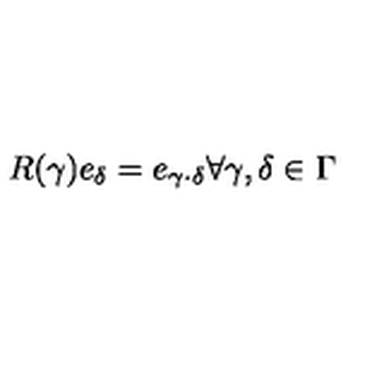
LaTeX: R ( \gamma ) e _ { \delta } = e _ { \gamma \cdot \delta } \forall \gamma , \delta \in \Gamma